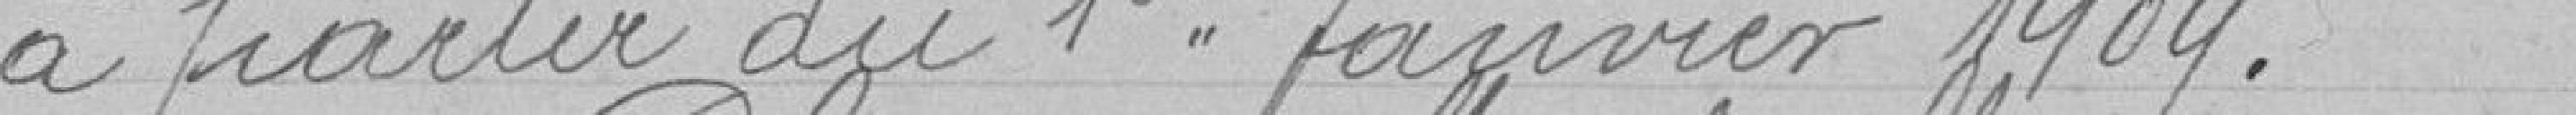
a partir du 1 Janvier 1909.